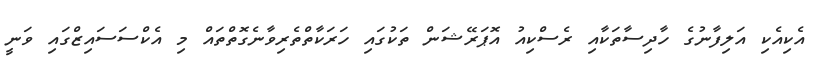
އެކިއެކި އަލިފާނުގެ ހާދިސާތަކާއި ރެސްކިއު އޮޕަރޭޝަން ތަކުގައި ހަރަކާތްތެރިވާނެގޮތްތައް މި އެކްސަސައިޒްގައި ވަނީ